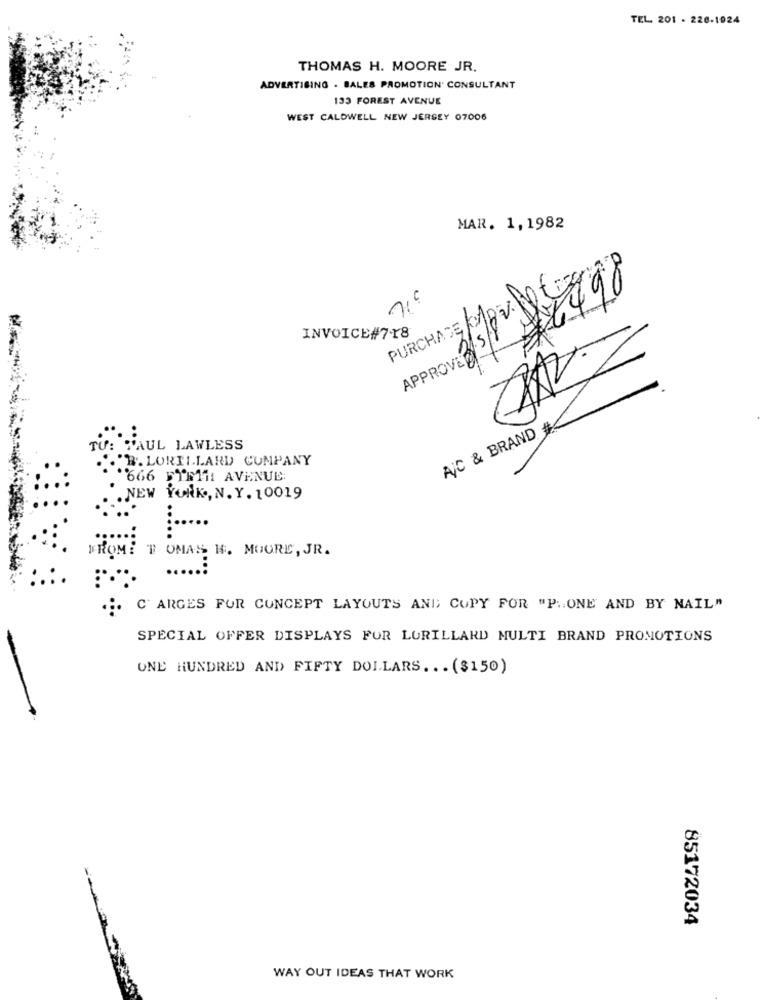
TEL. 201 - 226-1924
THOMAS H. MOORE JR.
ADVERTISING . BALES PROMOTION' CONSULTANT
133 FOREST AVENUE
WEST CALDWELL NEW JERSEY 07006
MAR. 1,1982
/8.22498
INVOICE#718
A/C & BRAND #
TU
PAUL LAWLESS
B. LORILLARD COMPANY
666 FIRTH AVENUE
NEW YORK, N. Y. 10019
FROM: TOMAS H. MOORE, JR.
... C ARGES FOR CONCEPT LAYOUTS ANI COPY FOR "P. ONE AND BY MAIL"
SPECIAL OFFER DISPLAYS FOR LORILLARD MULTI BRAND PROMOTIONS
ONE HUNDRED AND FIFTY DOLLARS ... ($150)
85172034
WAY OUT IDEAS THAT WORK